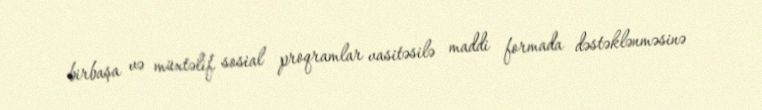
birbaşa və müxtəlif sosial proqramlar vasitəsilə maddi formada dəstəklənməsinə